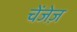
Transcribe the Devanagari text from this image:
चेंजेज़